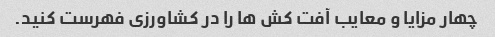
چهار مزایا و معایب آفت کش ها را در کشاورزی فهرست کنید.